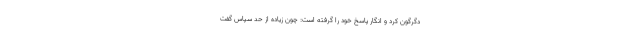
دگرگون کرد و انگار پاسخ خود را گرفته است: چون زیاده از حد سپاس گفت